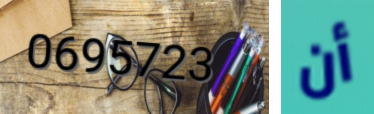
0695723 أن